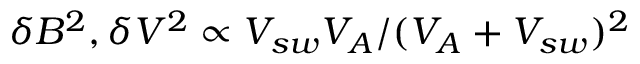
\delta B ^ { 2 } , \delta V ^ { 2 } \propto V _ { s w } V _ { A } / ( V _ { A } + V _ { s w } ) ^ { 2 }